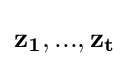
\mathbf {z_{1},...,z_{t}}